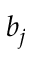
b _ { j }